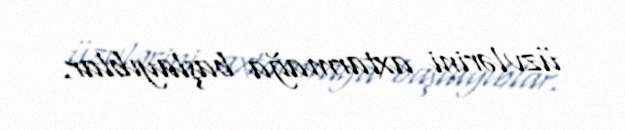
üzvlərini axtarmağa başlayıblar.